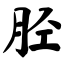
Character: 胫